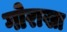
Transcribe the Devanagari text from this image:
गोराखा